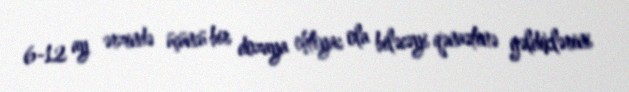
6-12 ay ərzində üçüncü bir dozaya ehtiyac ola biləcəyi qənaətinə gəldiklərini